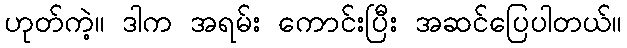
ဟုတ်ကဲ့။ ဒါက အရမ်း ကောင်းပြီး အဆင်ပြေပါတယ်။